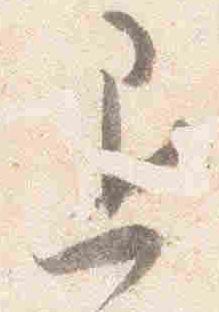
退